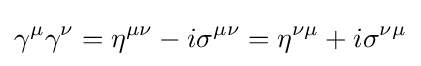
\gamma ^{\mu }\gamma ^{\nu }=\eta ^{\mu \nu }-i\sigma ^{\mu \nu }=\eta ^{\nu \mu }+i\sigma ^{\nu \mu }